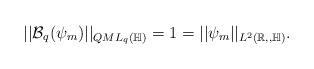
LaTeX: \begin{align*}||\mathcal{B}_q(\psi_m)||_{QML_q(\mathbb{H})}=1=||\psi_m||_{L^2(\mathbb{R,,\mathbb{H}})}.\end{align*}